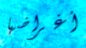
أغراضها